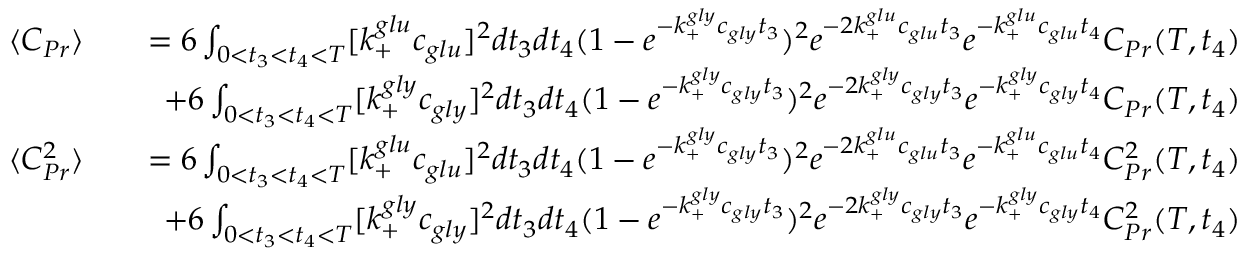
\begin{array} { r l r } { \langle C _ { P r } \rangle } & { } & { = 6 \int _ { 0 < t _ { 3 } < t _ { 4 } < T } [ k _ { + } ^ { g l u } c _ { g l u } ] ^ { 2 } d t _ { 3 } d t _ { 4 } ( 1 - e ^ { - k _ { + } ^ { g l y } c _ { g l y } t _ { 3 } } ) ^ { 2 } e ^ { - 2 k _ { + } ^ { g l u } c _ { g l u } t _ { 3 } } e ^ { - k _ { + } ^ { g l u } c _ { g l u } t _ { 4 } } C _ { P r } ( T , t _ { 4 } ) } \\ & { } & { + 6 \int _ { 0 < t _ { 3 } < t _ { 4 } < T } [ k _ { + } ^ { g l y } c _ { g l y } ] ^ { 2 } d t _ { 3 } d t _ { 4 } ( 1 - e ^ { - k _ { + } ^ { g l y } c _ { g l y } t _ { 3 } } ) ^ { 2 } e ^ { - 2 k _ { + } ^ { g l y } c _ { g l y } t _ { 3 } } e ^ { - k _ { + } ^ { g l y } c _ { g l y } t _ { 4 } } C _ { P r } ( T , t _ { 4 } ) } \\ { \langle C _ { P r } ^ { 2 } \rangle } & { } & { = 6 \int _ { 0 < t _ { 3 } < t _ { 4 } < T } [ k _ { + } ^ { g l u } c _ { g l u } ] ^ { 2 } d t _ { 3 } d t _ { 4 } ( 1 - e ^ { - k _ { + } ^ { g l y } c _ { g l y } t _ { 3 } } ) ^ { 2 } e ^ { - 2 k _ { + } ^ { g l u } c _ { g l u } t _ { 3 } } e ^ { - k _ { + } ^ { g l u } c _ { g l u } t _ { 4 } } C _ { P r } ^ { 2 } ( T , t _ { 4 } ) } \\ & { } & { + 6 \int _ { 0 < t _ { 3 } < t _ { 4 } < T } [ k _ { + } ^ { g l y } c _ { g l y } ] ^ { 2 } d t _ { 3 } d t _ { 4 } ( 1 - e ^ { - k _ { + } ^ { g l y } c _ { g l y } t _ { 3 } } ) ^ { 2 } e ^ { - 2 k _ { + } ^ { g l y } c _ { g l y } t _ { 3 } } e ^ { - k _ { + } ^ { g l y } c _ { g l y } t _ { 4 } } C _ { P r } ^ { 2 } ( T , t _ { 4 } ) } \end{array}